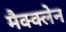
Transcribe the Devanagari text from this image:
मैक्क्लेन